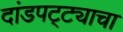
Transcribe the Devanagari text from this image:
दांडपट्ट्याचा